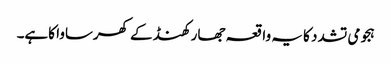
ہجومی تشدد کا یہ واقعہ جھارکھنڈ کے کھرساوا کاہے۔